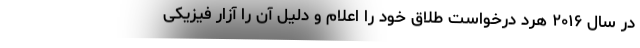
در سال ۲۰۱۶ هرد درخواست طلاق خود را اعلام و دلیل آن را آزار فیزیکی